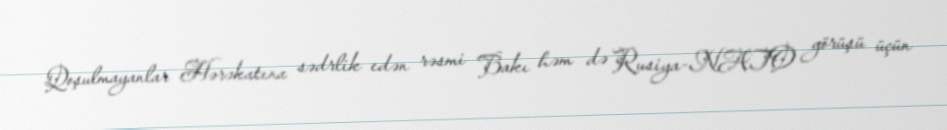
Qoşulmayanlar Hərəkatına sədrlik edən rəsmi Bakı həm də Rusiya-NATO görüşü üçün